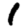
Digit: 1